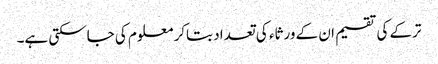
ترکے کی تقسیم ان کے ورثاء کی تعداد بتاکر معلوم کی جاسکتی ہے۔